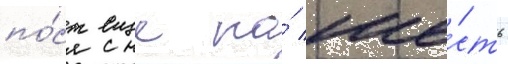
по́ст еще на́ ше́сть